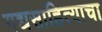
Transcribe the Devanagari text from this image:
गद्यसाहित्याचा